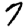
Digit: 7